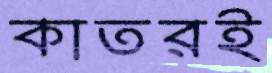
কাতরই